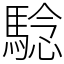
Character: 騐